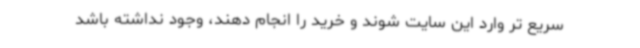
سریع تر وارد این سایت شوند و خرید را انجام دهند، وجود نداشته باشد